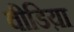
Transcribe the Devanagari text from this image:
वीडिय़ा